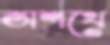
অশথে